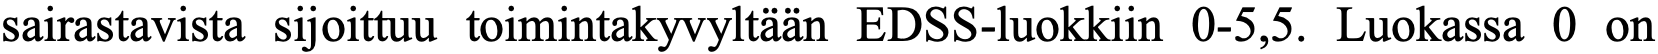
sairastavista sijoittuu toimintakyvyltään EDSS-luokkiin 0-5,5. Luokassa 0 on